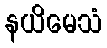
နယိမေသံ